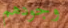
وجودهم